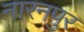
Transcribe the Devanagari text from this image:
नारनपुर